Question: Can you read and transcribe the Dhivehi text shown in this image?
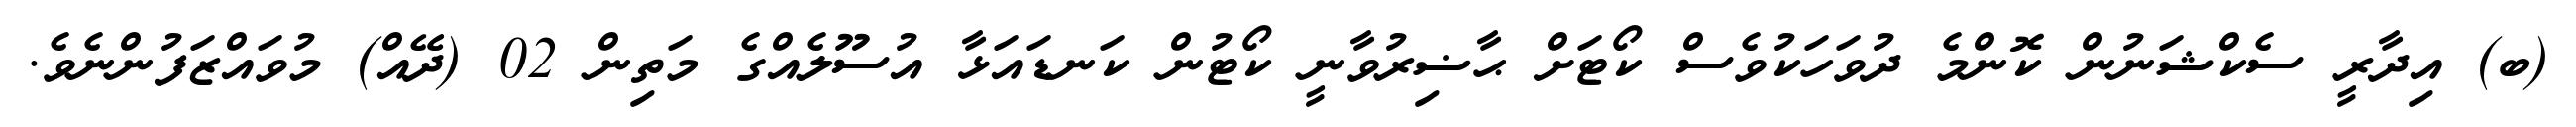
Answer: (ބ) އިދާރީ ސެކްޝަނުން ކޮންމެ ދުވަހަކުވެސް ކޯޓަށް ޙާޟިރުވާނީ ކޯޓުން ކަނޑައަޅާ އުސޫލެއްގެ މަތިން 02 (ދޭއް) މުވައްޒަފުންނެވެ.